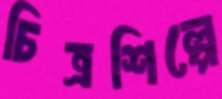
চিত্রশিল্পে